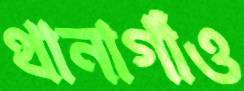
থানাগাঁও